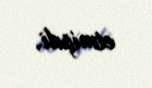
etmişdi.